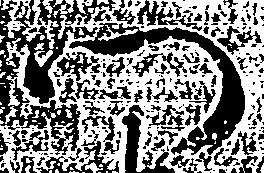
門